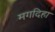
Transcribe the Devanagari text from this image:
मगदिहा